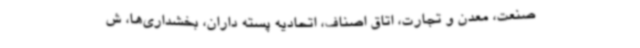
صنعت، معدن و تجارت، اتاق اصناف، اتحادیه پسته داران، بخشداری‌ها، ش